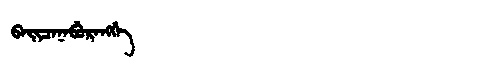
Manchu: ᠪᠠᡳᠴᠠᠨᠠᠪᡠᡵᠠᠩᡤᡝ
Romanization: BAICANABURANGGE